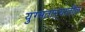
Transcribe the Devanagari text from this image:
युग्मताऱ्यातील